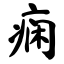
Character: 痫